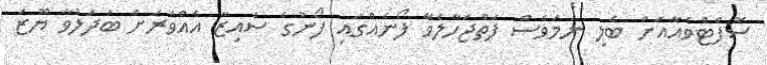
ސޮފްޓްވެއާއަށް ބެލި ނަމަވެސް ފަތްޖަހާލެވޭ ފޯނެއްގައި ފޯނުގެ ސައިޒާ އެއްވަރަށް ބަދަލުވާ ޔޫޒަ